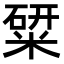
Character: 䊙